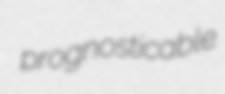
prognosticable